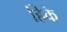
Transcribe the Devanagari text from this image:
हिके